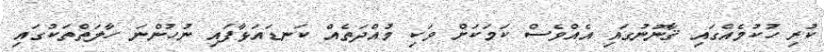
ކުރި ހުކުމެއްގައި ޤާނޫނުގައި އެއްވެސް ކަމަކަށް ވަކި މުއްދަތެއް ކަނޑައަޅާފައި ނުހުންނަ ހާލަތްތަކުގައި